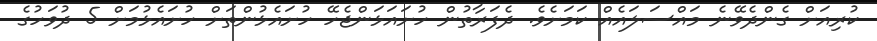
ކުރިއަށް ގެންދެވޭނެ މައްސަލައެއް ކަމަށެވެ. ދެފަރާތުން ހުށައަޅަންޖެހޭ ހުށައެޅުންތަށް ހުށައެޅުމަށް 5 ދުވަހުގެ